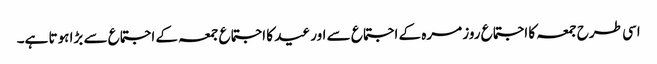
اسی طرح جمعہ کا اجتماع روز مرہ کے اجتماع سے اور عید کا اجتماع جمعہ کے اجتماع سے بڑا ہوتا ہے۔